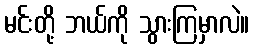
မင်းတို့ ဘယ်ကို သွားကြမှာလဲ။